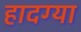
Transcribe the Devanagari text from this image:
हादग्या